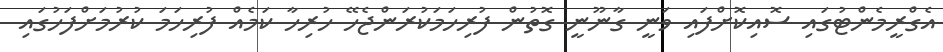
އެގްރީމެންޓުގައި ސޮއިކޮށްފައި ވަނީ ގާނޫނީ ގޮތުން ފުރިހަމަކުރަންޖެހޭ ހުރިހާ ކަމެއް ފުރިހަމަ ކުރުމަށްފަހުގައި